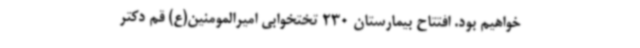
خواهیم بود. افتتاح بیمارستان 230 تختخوابی امیرالمومنین(ع) قم دکتر